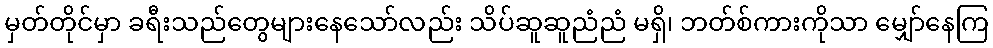
မှတ်တိုင်မှာ ခရီးသည်တွေများနေသော်လည်း သိပ်ဆူဆူညံညံ မရှိ၊ ဘတ်စ်ကားကိုသာ မျှော်နေကြ